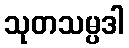
သုတသမ္ပဒါ